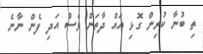
ތި ބުނާ ކުރިން ގޮޅި އައް ދާތަން ވެސް އަދި ފެން ނާނެ